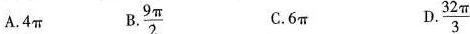
A. 4π B. \frac{9π }{2} C. 6π \frac{32π }{3}